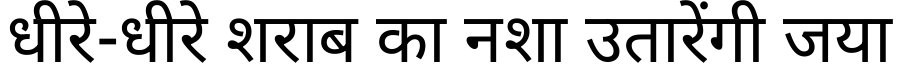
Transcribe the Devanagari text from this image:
धीरे-धीरे शराब का नशा उतारेंगी जया